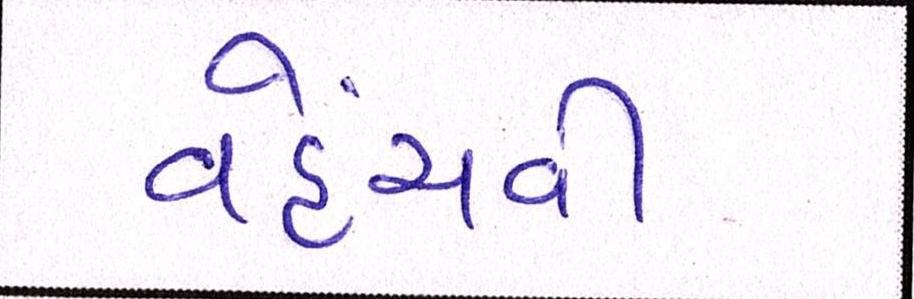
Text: વહેંચવી